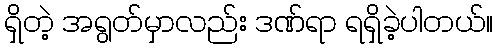
ရှိတဲ့ အရွတ်မှာလည်း ဒဏ်ရာ ရရှိခဲ့ပါတယ်။